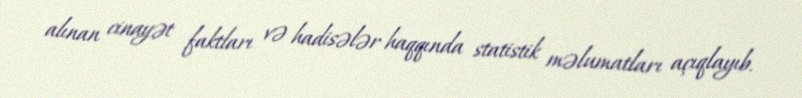
alınan cinayət faktları və hadisələr haqqında statistik məlumatları açıqlayıb.